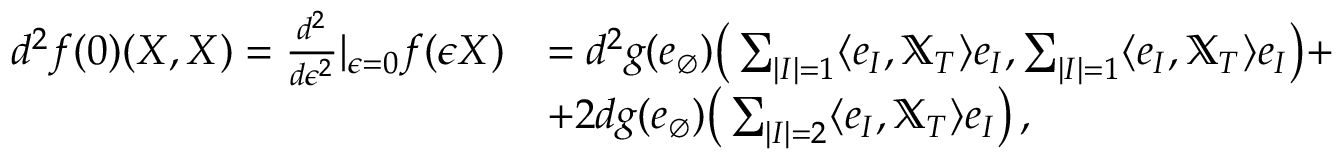
\begin{array} { r l } { d ^ { 2 } f ( 0 ) ( X , X ) = \frac { d ^ { 2 } } { d \epsilon ^ { 2 } } | _ { \epsilon = 0 } f ( \epsilon X ) } & { = d ^ { 2 } g ( e _ { \emptyset } ) \big ( \sum _ { | I | = 1 } \langle e _ { I } , \mathbb { X } _ { T } \rangle e _ { I } , \sum _ { | I | = 1 } \langle e _ { I } , \mathbb { X } _ { T } \rangle e _ { I } \big ) + } \\ & { + 2 d g ( e _ { \emptyset } ) \big ( \sum _ { | I | = 2 } \langle e _ { I } , \mathbb { X } _ { T } \rangle e _ { I } \big ) \, , } \end{array}